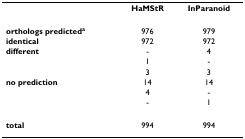
<table><thead><tr><td></td><td><b>HaMStR</b></td><td><b>InParanoid</b></td></tr></thead><tbody><tr><td><b>orthologs predicted</b><sup><b>a</b></sup></td><td>976</td><td>979</td></tr><tr><td><b>identical</b></td><td>972</td><td>972</td></tr><tr><td><b>different</b></td><td>-</td><td>4</td></tr><tr><td></td><td>1</td><td>-</td></tr><tr><td></td><td>3</td><td>3</td></tr><tr><td><b>no prediction</b></td><td>14</td><td>14</td></tr><tr><td></td><td>4</td><td>-</td></tr><tr><td></td><td>-</td><td>1</td></tr><tr><td><b>total</b></td><td>994</td><td>994</td></tr></tbody></table>